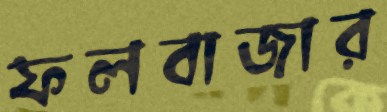
ফলবাজার